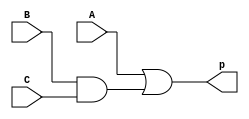
module A_BC_logic(p, A, B, C);
input A,B,C;
output p;
assign p = A | (B&C);
endmodule